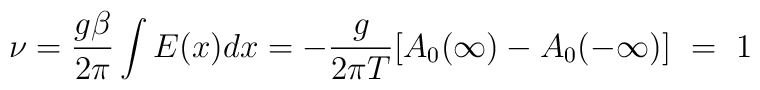
\nu = \frac{g\beta}{2\pi}\int E(x) dx = -\frac{g}{2\pi T}[A_0(\infty)-A_0(-\infty)] \ =~1